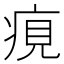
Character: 𤶻